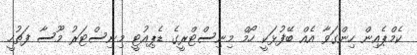
ކެމްޕެއިން ހިންގަވާ އެއް ބޭފުޅަކީ ހޯމް މިނިސްޓްރީގެ ޑެޕިއުޓީ މިނިސްޓަރު މޫސާ ފަތުހީ